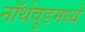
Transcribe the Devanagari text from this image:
नॉर्थवुडमध्ये